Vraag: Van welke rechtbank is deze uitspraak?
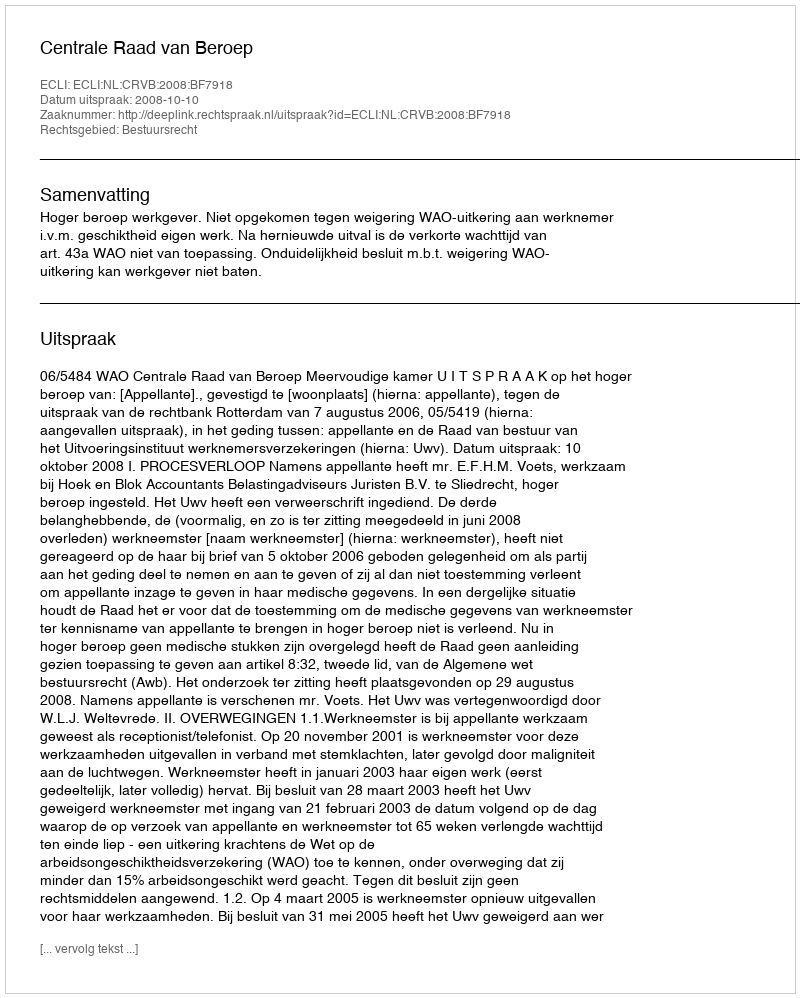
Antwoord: Centrale Raad van Beroep